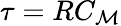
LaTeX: \tau=RC_{\mathcal{M}}